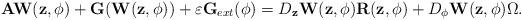
LaTeX: \begin{align*}\mathbf{A}\mathbf{W}(\mathbf{z},\mathbf{\phi})+\mathbf{G}(\mathbf{W}(\mathbf{z},\mathbf{\phi}))+\varepsilon\mathbf{G}_{ext}(\mathbf{\phi})=D_{\mathbf{z}}\mathbf{W}(\mathbf{z},\mathbf{\phi})\mathbf{R}(\mathbf{z},\mathbf{\phi})+D_{\mathbf{\phi}}\mathbf{W}(\mathbf{z},\mathbf{\phi})\Omega.\end{align*}